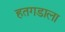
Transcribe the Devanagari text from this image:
हतगडाला